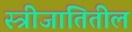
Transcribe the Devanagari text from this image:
स्त्रीजातितील